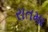
રાતમા